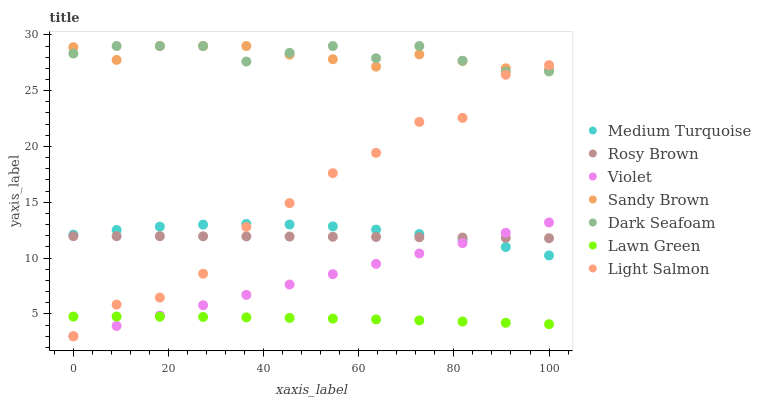
| xaxis_label | Medium Turquoise | Rosy Brown | Violet | Sandy Brown | Dark Seafoam | Lawn Green | Light Salmon |
 | --- | --- | --- | --- | --- | --- | --- | --- |
 | 0 | 12.1 | 12 | 3 | 28.9 | 28.3 | 4.76 | 3 |
 | 9.09 | 12.5 | 12 | 3.93 | 27.8 | 29 | 4.76 | 5.84 |
 | 18.2 | 12.8 | 12 | 4.85 | 29 | 29 | 4.75 | 6.46 |
 | 27.3 | 13 | 12 | 5.78 | 29 | 29 | 4.73 | 8.6 |
 | 36.4 | 13.1 | 11.9 | 6.71 | 29 | 27.6 | 4.69 | 12.8 |
 | 45.5 | 13 | 11.9 | 7.63 | 28.2 | 28.4 | 4.64 | 14.9 |
 | 54.5 | 12.8 | 11.9 | 8.56 | 27.8 | 29 | 4.58 | 17.6 |
 | 63.6 | 12.6 | 11.9 | 9.49 | 27.2 | 27.9 | 4.51 | 19.4 |
 | 72.7 | 12.2 | 11.9 | 10.4 | 28.2 | 29 | 4.42 | 22.2 |
 | 81.8 | 11.6 | 11.8 | 11.3 | 27.7 | 27.7 | 4.32 | 22.6 |
 | 90.9 | 11 | 11.8 | 12.3 | 27 | 26.7 | 4.21 | 26.4 |
 | 100 | 10.2 | 11.8 | 13.2 | 26.9 | 26.7 | 4.08 | 27.3 |